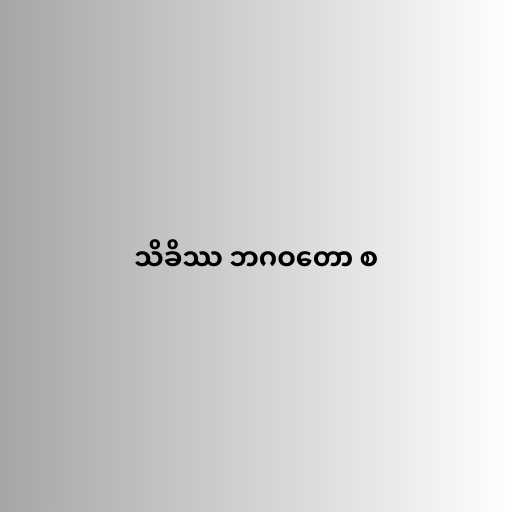
သိခိဿ ဘဂဝတော စ